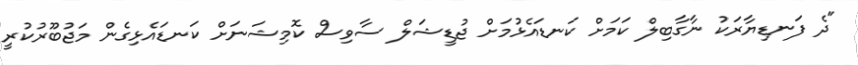
"ދެ ފަނޑިޔާރަކު ނާގާބިލް ކަމަށް ކަނޑައެޅުމަށް ޖުޑީޝަލް ސާވިސް ކޮމިޝަނަށް ކަނޑައެޅިގެން މަޖުބޫރުކުރީ